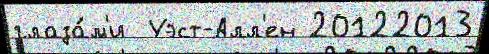
глаза́м'и  Уэст-Алл'ен 20122013